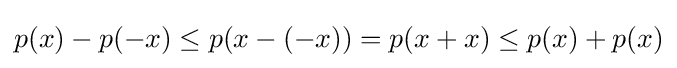
p(x)-p(-x)\leq p(x-(-x))=p(x+x)\leq p(x)+p(x)